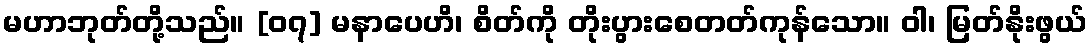
မဟာဘုတ်တို့သည်။ [၀၇] မနာပေဟိ၊ စိတ်ကို တိုးပွားစေတတ်ကုန်သော။ ဝါ၊ မြတ်နိုးဖွယ်